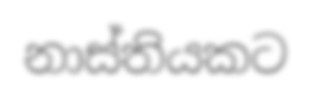
නාස්තියකට